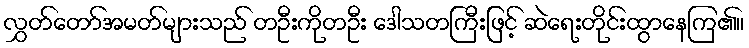
လွှတ်တော်အမတ်များသည် တဦးကိုတဦး ဒေါသတကြီးဖြင့် ဆဲရေးတိုင်းထွာနေကြ၏။